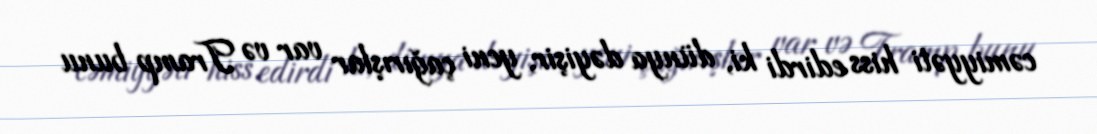
cəmiyyəti hiss edirdi ki, dünya dəyişir, yeni çağırışlar var və Tramp bunu